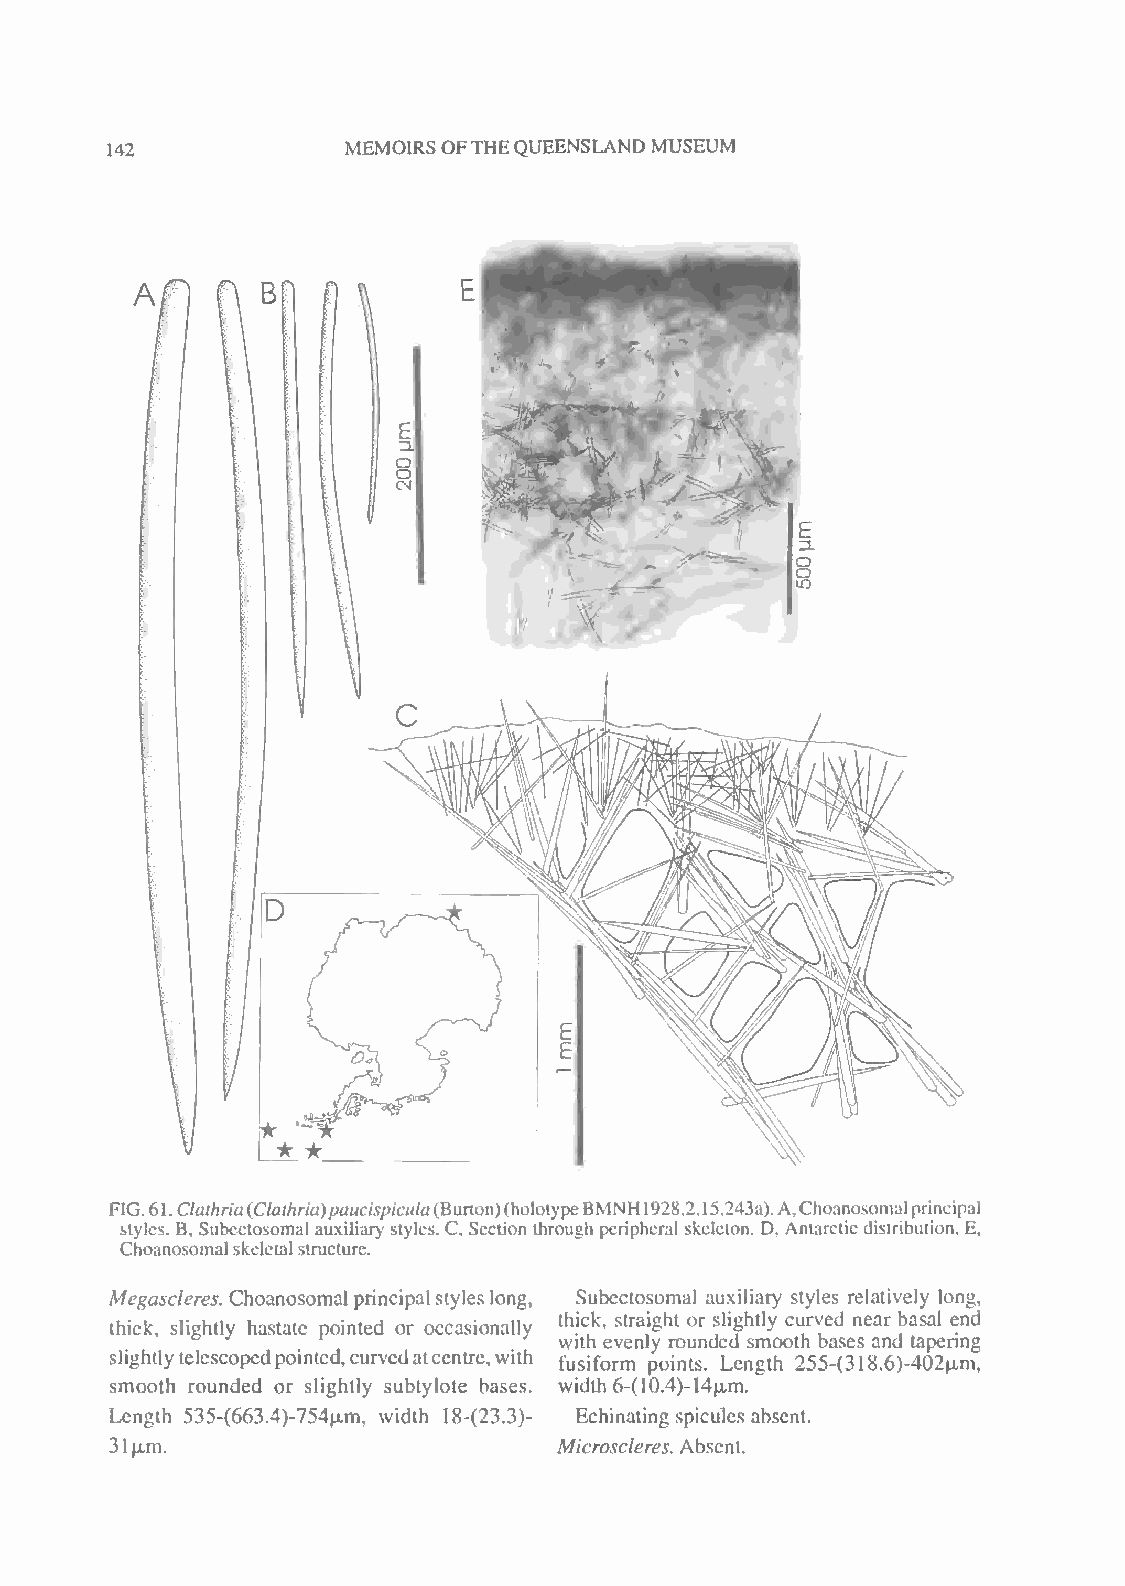
MEMOIRSOFTHEQUEENSLAND MUSEUM
 142
 FIG.61 Clathria(Clathria)paucispicula(Burton)(holoiypeBMNH1928.2.15.243a).A,Choanosomalprincipal
 .
 styles. B, Subectosomai auxiliary styles. C, Section through peripheral skeleton. D, Antarctic distribution. E,
 Choanosomalskeletalstructure.
 Megascieres. Choanosomal principalstyleslong, Subectosomai auxiliary styles relatively long,
 thick, slightly hastate pointed or occasionally thick, straight or slightly curved near basal end
 with evenly rounded smooth bases and tapering
 slightlytelescopedpointed,curvedatcentre,with fusiform points. Length 255-(318.6)-402|xm,
 smooth rounded or slightly subtylote bases. width 6-(10.4)-14p.m.
 Length 535-(663.4)-754ixm, width 18-(23.3)- Echinating spicules absent.
 31p.m.                        Microscleres. Absent.